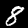
Label: 8